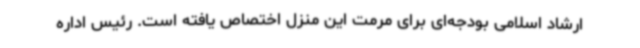
ارشاد اسلامی بودجه‌ای برای مرمت این منزل اختصاص یافته است. رئیس اداره